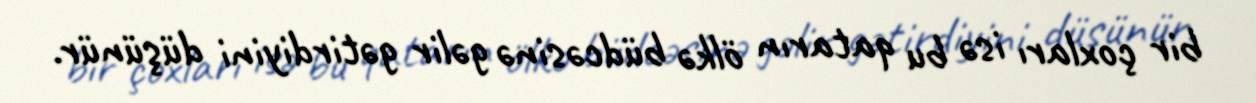
bir çoxları isə bu qatarın ölkə büdcəsinə gəlir gətirdiyini düşünür.